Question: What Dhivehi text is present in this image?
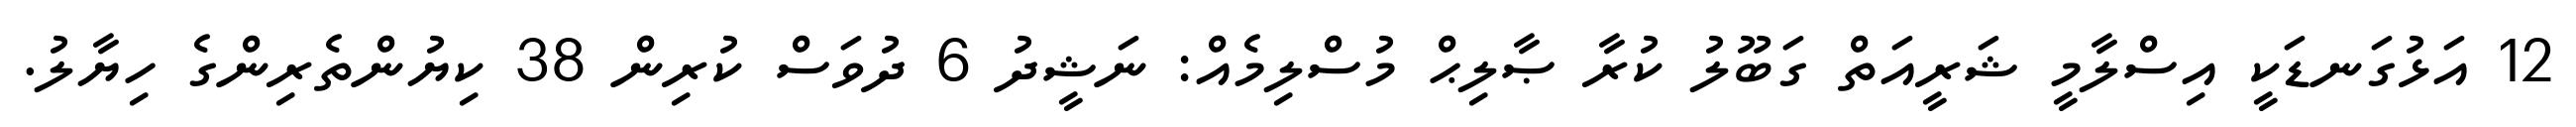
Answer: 12 އަޅުގަނޑަކީ އިސްލާމީ ޝަރީއަތް ގަބޫލު ކުރާ ޞާލިޙް މުސްލިމެއް: ނަޝީދު 6 ދުވަސް ކުރިން 38 ކިޔުންތެރިންގެ ހިޔާލު.